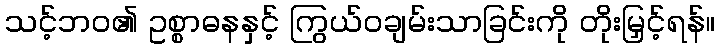
သင့်ဘဝ၏ ဥစ္စာဓနနှင့် ကြွယ်ဝချမ်းသာခြင်းကို တိုးမြှင့်ရန်။